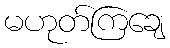
မဟုတ်ကြချေ